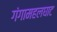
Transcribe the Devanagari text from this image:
गंगामहलघाट